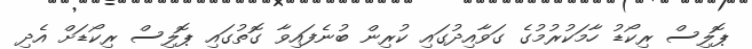
ޕޮލިސް ރިކޯޑު ހާމަކުރުމުގެ ގަވާއިދުގައި ކުރިން ބުނެފައިވާ ގޮތުގައި ޕޮލިސް ރިކޯޑަށް އެދި